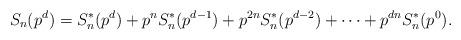
LaTeX: \begin{align*} S_n(p^d)=S^*_{n}(p^d)+p^n S^*_{n}(p^{d-1})+p^{2n}S^*_{n}(p^{d-2})+\dotsb+p^{dn} S^*_{n}(p^0).\end{align*}